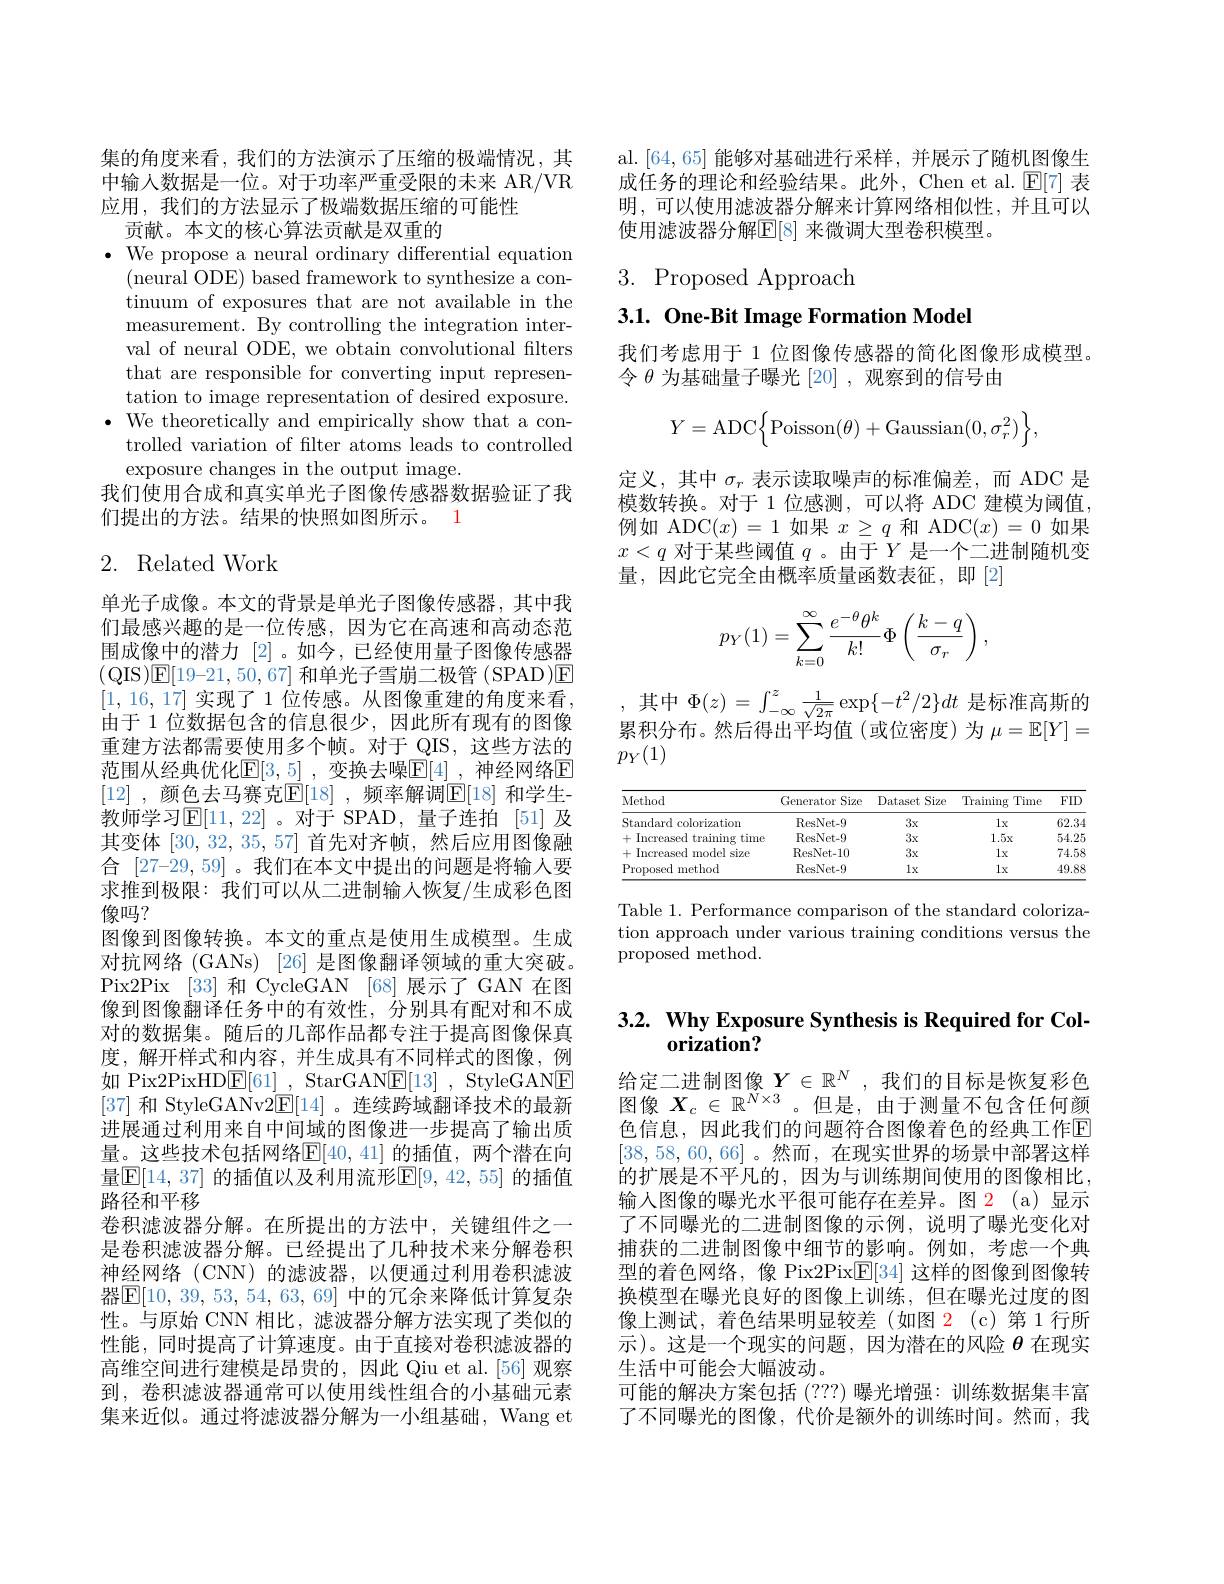
集的角度来看，我们的方法演示了压缩的极端情况，其中输人数据是一位。对于功率严重受限的未来 AR/VR 应用，我们的方法显示了极端数据压缩的可能性
贡献。本文的核心算法贡献是双重的

$\bullet$ We propose a neural ordinary differential equation
(neural ODE) based framework to synthesize a continuum of exposures that are not available in the measurement. By controlling the integration interval of neural ODE, we obtain convolutional filters that are responsible for converting input representation to image representation of desired exposure.
$\bullet$ We theoretically and empirically show that a con-
trolled variation of filter atoms leads to controlled
exposure changes in the output image.
我们使用合成和真实单光子图像传感器数据验证了我
们提出的方法。结果的快照如图所示。1

## 2. Related Work

单光子成像。本文的背景是单光子图像传感器，其中我们最感兴趣的是一位传感，因为它在高速和高动态范围成像中的潜力[2]。如今，已经使用量子图像传感器(QIS)E[19-21,50,67]和单光子雪崩二极管 (SPAD)E [1,16,17] 实现了 1 位传感。从图像重建的角度来看， 由于 1 位数据包含的信息很少，因此所有现有的图像重建方法都需要使用多个帧。对于 QIS,这些方法的范围从经典优化$\mathbb{E}[3,5]$ ,变换去噪$\mathbb{E}[4]$ ,神经网络$\mathbb{E}$ [12] ,颜色去马赛克$\mathbb{E}[18]$ ,频率解调$\mathbb{E}[18]$ 和学生教师学习$\operatorname{E}[11,22]$ 。对于 SPAD,量子连拍 [51]及其变体[30,32,35,57]首先对齐帧，然后应用图像融合 [27-29,59] 。我们在本文中提出的问题是将输入要求推到极限：我们可以从二进制输入恢复/生成彩色图像吗？
图像到图像转换。本文的重点是使用生成模型。生成对抗网络 (GANs) [26] 是图像翻译领域的重大突破。Pix2Pix [33]和 CycleGAN [68]展示了 GAN 在图像到图像翻译任务中的有效性，分别具有配对和不成对的数据集。随后的几部作品都专注于提高图像保真度，解开样式和内容，并生成具有不同样式的图像，例如 Pix2PixHD$\underline {\mathrm{E} }[ 61]$ , StarGAN$\underline {\mathrm{E} }[ 13]$ , StyleGANE [37]和 StyleGANv2$\underline{\mathrm{E}}[14]$ 。连续跨域翻译技术的最新进展通过利用来自中间域的图像进一步提高了输出质量。这些技术包括网络$\mathbb{E}[40,41]$ 的插值，两个潜在向量$\boxed{\mathrm{E}}[14,37]$ 的插值以及利用流形$\boxed{\mathrm{F}}[9,42,55]$ 的插值路径和平移
卷积滤波器分解。在所提出的方法中，关键组件之一是卷积滤波器分解。已经提出了几种技术来分解卷积神经网络(CNN)的滤波器，以便通过利用卷积滤波器$\boxed{\mathbf{E}}[10,39,53,54,63,69]$ 中的冗余来降低计算复杂性。与原始 CNN 相比，滤波器分解方法实现了类似的性能，同时提高了计算速度。由于直接对卷积滤波器的高维空间进行建模是昂贵的，因此 Qiu et al.[56] 观察到，卷积滤波器通常可以使用线性组合的小基础元素集来近似。通过将滤波器分解为一小组基础，Wang et

al.[64,65]能够对基础进行采样，并展示了随机图像生成任务的理论和经验结果。此外，Chen et al. $\mathbb{E}[7]$表明，可以使用滤波器分解来计算网络相似性，并且可以使用滤波器分解$\mathbb{E}[8]$ 来微调大型卷积模型。

# $3.{\mathrm{Proposed~Approach}}$
3.1. One-Bit Image Formation Model

我们考虑用于 1 位图像传感器的简化图像形成模型。
令$\theta$为基础量子曝光[20] ,观察到的信号由
$$Y=\mathrm{ADC}\Big\{\mathrm{Poisson}(\theta)+\mathrm{Gaussian}(0,\sigma_r^2)\Big\},$$
定义，其中$\sigma_r$表示读取噪声的标准偏差，而 ADC 是模数转换。对于 1 位感测，可以将 ADC 建模为阈值例如 ADC$(x)=1$如果$x\geq q$和 ADC$(x)=0$如果$x<q$对于某些阈值$q$ 。由于$Y$是一个二进制随机变量，因此它完全由概率质量函数表征，即「2]
$$\begin{aligned}p_Y(1)=\sum_{k=0}^\infty\frac{e^{-\theta}\theta^k}{k!}\Phi\left(\frac{k-q}{\sigma_r}\right),\end{aligned}$$
,其中$\Phi(z)=\int_-\infty^z\frac1{\sqrt{2\pi}}\exp\{-t^2/2\}dt$是标准高斯的累积分布。然后得出平均值(或位密度)为$\mu=\mathbb{E}[Y]=$ $p_Y(1)$

<table>
	<tbody>
		<tr>
			<th>Method</th>
			<th>Generator Size</th>
			<th>Dataset Size</th>
			<th>Training Time</th>
			<th>FID</th>
		</tr>
		<tr>
			<td>Standard colorization</td>
			<td>ResNet- 9</td>
			<td>$3x$</td>
			<td>$1x$</td>
			<td>62.34</td>
		</tr>
		<tr>
			<td>+ + Increased training t time</td>
			<td>ResNet- 9</td>
			<td>$3x$</td>
			<td>$1.5x$</td>
			<td>54.25</td>
		</tr>
		<tr>
			<td>+ , Increased model 15 size</td>
			<td>ResNet- 10</td>
			<td>$3x$</td>
			<td>$1x$</td>
			<td>74.58</td>
		</tr>
		<tr>
			<td>Proposed p 1 method</td>
			<td>ResNet- 9</td>
			<td>$1x$</td>
			<td>$1x$</td>
			<td>49.88</td>
		</tr>
	</tbody>
</table>

Table 1. Performance comparison of the standard colorization approach under various training conditions versus the proposed method.

## $3. 2. \textbf{ Why Exposure Synthesis is Required for Col- }$ orization?

给 定 二 进 制 图 像 $Y\in \mathbb{R} ^N$ ,我 们 的 目 标 是 恢 复 彩 色 图 像 $X_c\in \mathbb{R} ^{N\times 3}$ 。但 是 , 由 于 测 量 不 包 含 任 何 颜色信息，因此我们的问题符合图像着色的经典工作E [38,58,60,66]。然而，在现实世界的场景中部署这样的扩展是不平凡的，因为与训练期间使用的图像相比， 输入图像的曝光水平很可能存在差异。图 2(a)显示了不同曝光的二进制图像的示例，说明了曝光变化对捕获的二进制图像中细节的影响。例如，考虑一个典型的着色网络，像 Pix2Pix$\mathbb{E}[34]$这样的图像到图像转换模型在曝光良好的图像上训练，但在曝光过度的图像上测试，着色结果明显较差(如图 2(c)第1行所示)。这是一个现实的问题，因为潜在的风险$\theta$在现实生活中可能会大幅波动。
可能的解决方案包括 (???) 曝光增强：训练数据集丰富了不同曝光的图像，代价是额外的训练时间。然而，我